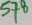
Text: 578